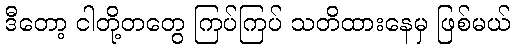
ဒီတော့ ငါတို့တတွေ ကြပ်ကြပ် သတိထားနေမှ ဖြစ်မယ်